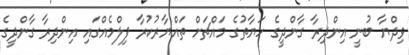
ވިދްޔާ ބުނީ އިންދިރާ ގާންދީގެ ހަޔާތުގެ މައްޗަށް ތައްޔާރުކުރާ ފިލްމެއްގައި އިންދިރާ ގާންދީގެ